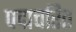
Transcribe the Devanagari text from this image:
पद्मचरित